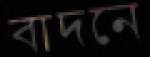
বাদনে